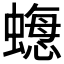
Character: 𧐟